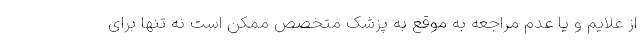
از علایم و یا عدم مراجعه به موقع به پزشک متخصص ممکن است نه تنها برای